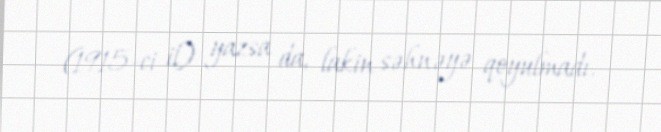
(1915-ci il) yazsa da, lakin səhnəyə qoyulmadı.